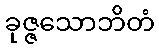
ခုဇ္ဇသောဘိတံ